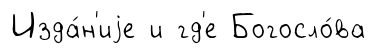
Изда́н'иjе и гд'е Богосло́ва